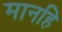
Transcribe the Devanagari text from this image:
मानहि